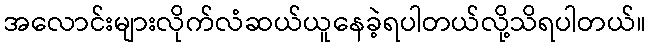
အလောင်းများလိုက်လံဆယ်ယူနေခဲ့ရပါတယ်လို့သိရပါတယ်။